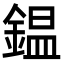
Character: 鎾